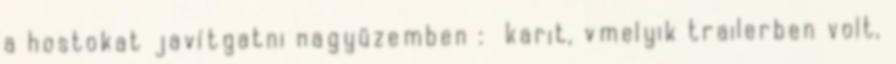
a hostokat javítgatni nagyüzemben : karit, vmelyik trailerben volt,